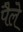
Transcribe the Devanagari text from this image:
पैले